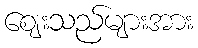
ဈေးသည်များအား